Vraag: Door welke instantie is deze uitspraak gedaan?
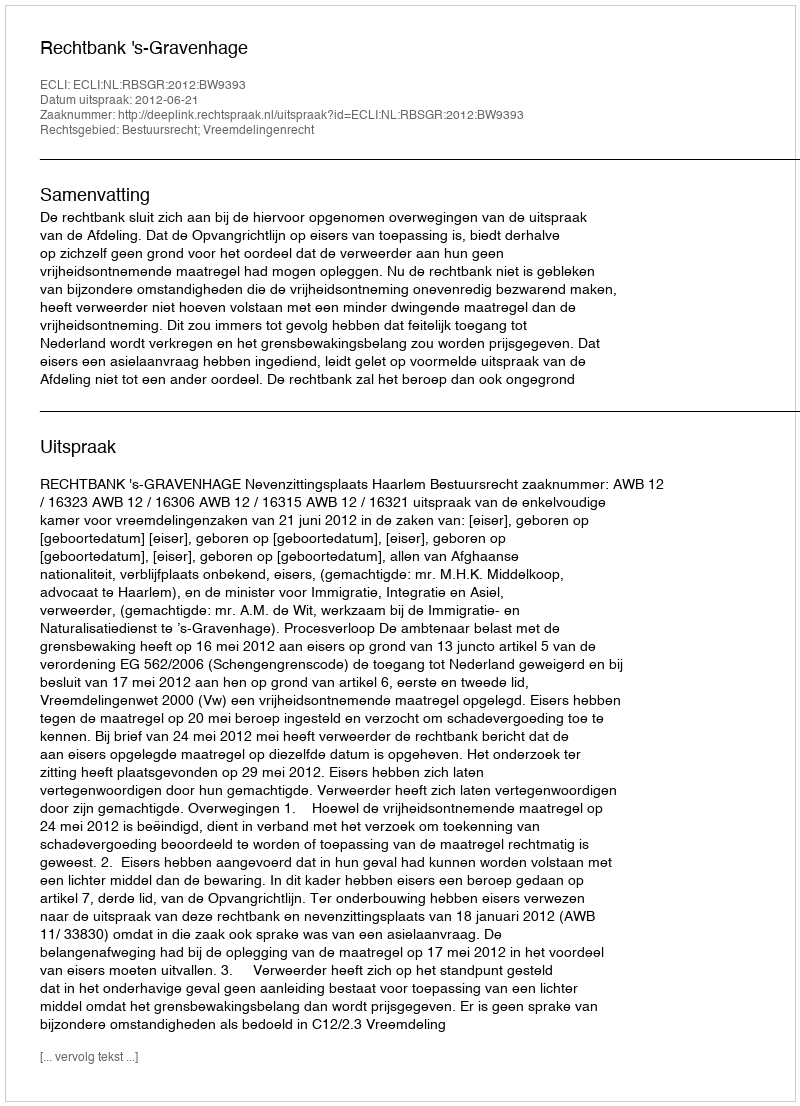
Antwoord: Rechtbank 's-Gravenhage